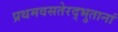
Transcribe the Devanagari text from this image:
प्रथमवसतेरद्भुतानां